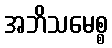
အဘိသမေစ္စ